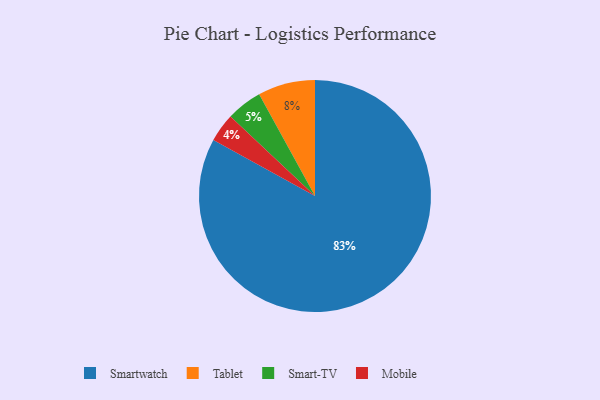
{"axis": {"x": "Category", "y": "Percentage"}, "legend": ["Mobile", "Smart-TV", "Smartwatch", "Tablet"], "data": [{"x": "Tablet", "y": 8, "type": "Tablet"}, {"x": "Smart-TV", "y": 5, "type": "Smart-TV"}, {"x": "Mobile", "y": 4, "type": "Mobile"}, {"x": "Smartwatch", "y": 83, "type": "Smartwatch"}]}